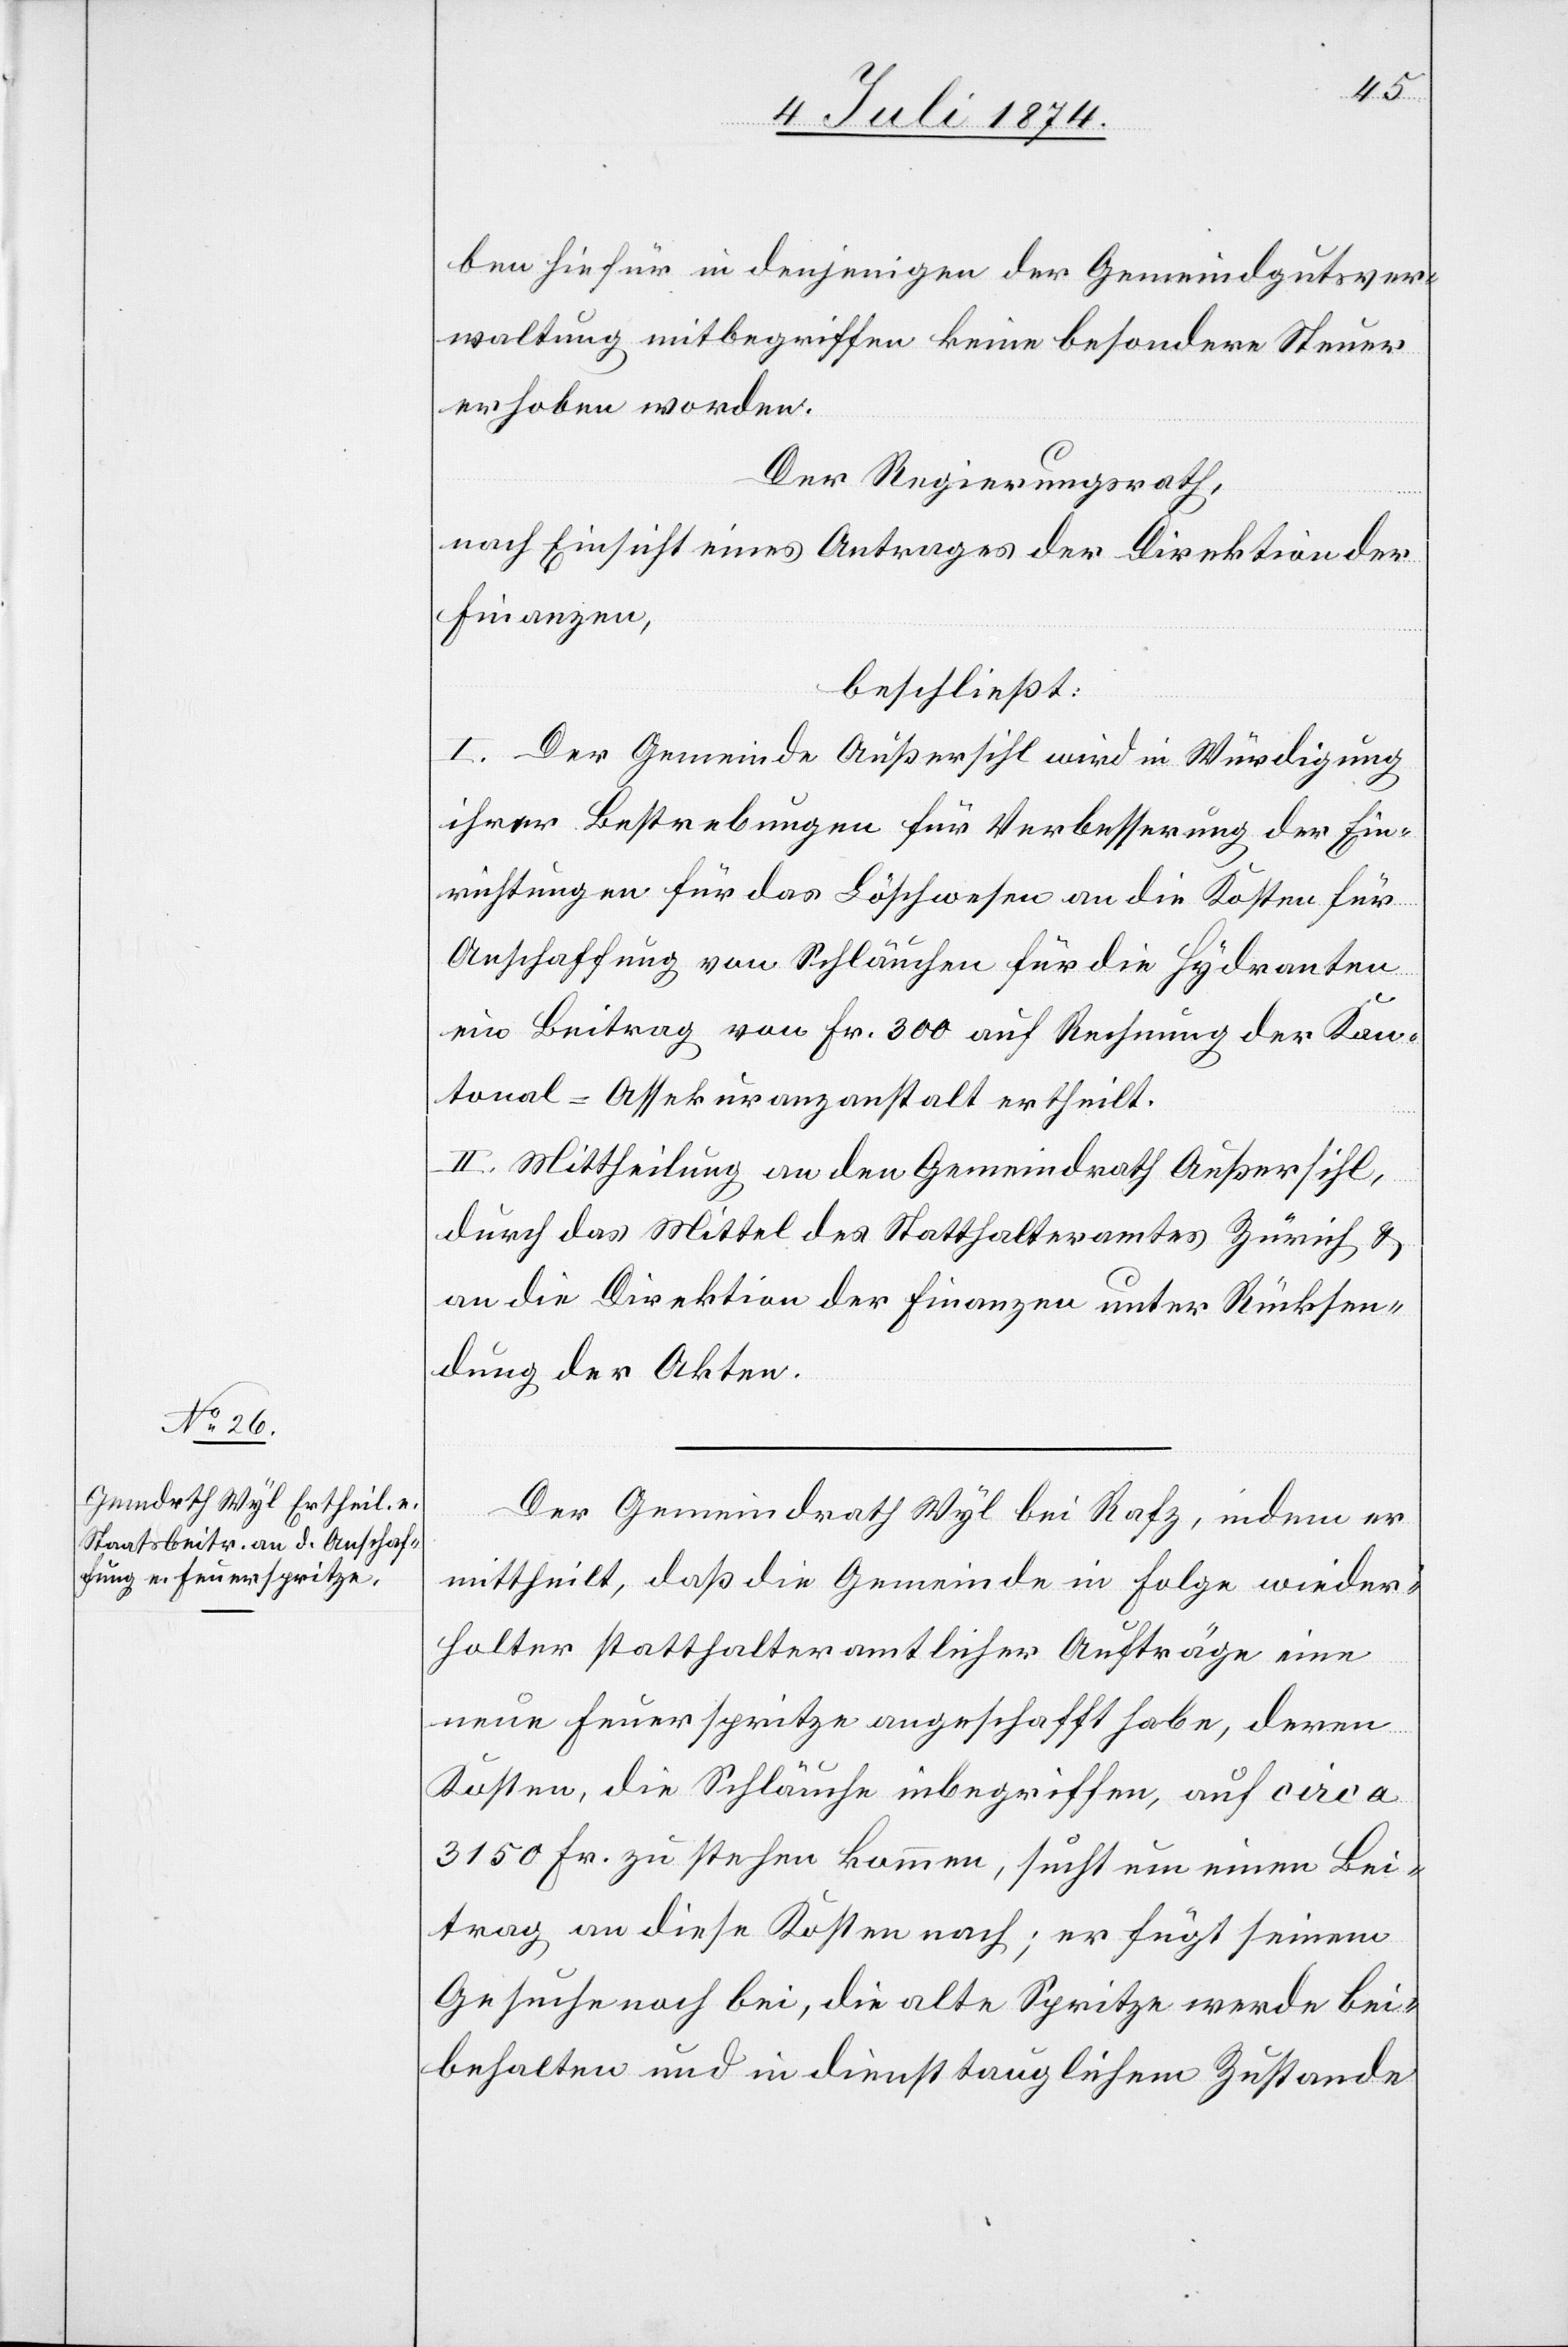
ben hiefür in denjenigen der Gemeindgutsver¬
waltung mitbegriffen keine besondere Steuer
erhoben worden.
Der Regierungsrath,
nach Einsicht eines Antrages der Direktion der
Finanzen,
beschließt:
I. Der Gemeinde Außersihl wird in Würdigung
ihrer Bestrebungen für Verbesserung der Ein¬
richtungen für das Löschwesen an die Kosten für
Anschaffung von Schläuchen für die Hydranten
ein Beitrag von Fr. 300 auf Rechnung der Kan¬
tons-Assekuranzanstalt ertheilt.
II. Mittheilung an den Gemeindrath Außersihl
durch das Mittel des Statthalteramtes Zürich u.
an die Direktion der Finanzen unter Rücksen¬
dung der Akten.
Der Gemeindrath Wyl bei Rafz, indem er
mitteilt, daß die Gemeinde in Folge wieder¬
holter statthalteramtlicher Aufträge eine
neue Feuerspritze angeschafft habe, deren
Kosten, die Schläuche inbegriffen, auf circa
3150 Fr. zu stehen kommen, sucht um einen Bei¬
trag an diese Kosten nach; er fügt seinem
Gesuche noch bei, die alte Spritze werde bei¬
behalten und in diensttauglichem Zustande